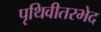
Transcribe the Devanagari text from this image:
पृथिवीतरभेद